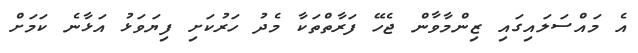
އެ މައްސަލައިގައި ޒިންމާވާން ޖެހޭ ފަރާތްތަކާ މެދު ހަރުކަށި ފިޔަވަޅު އަޅާނެ ކަމަށް